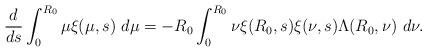
LaTeX: \begin{align*}\frac{d}{ds}\int_{0}^{R_{0}}\mu\xi(\mu,s)\ d\mu=-R_{0}\int_{0}^{R_{0}}\nu\xi(R_{0},s)\xi(\nu,s)\Lambda(R_{0}, \nu)\ d\nu.\end{align*}